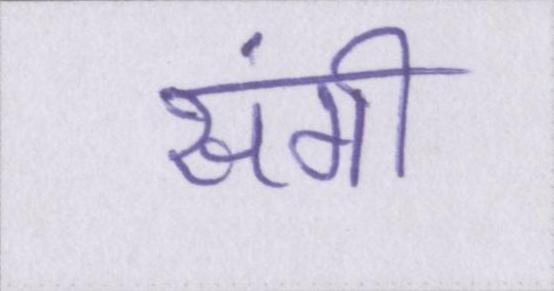
संगी